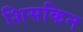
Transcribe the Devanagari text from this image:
शिसकिन